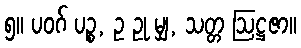
၅။ ပဝဂ် ပဉ္စ, ဥ ဥု မျှ, သတ္တ ဩဋ္ဌဇာ။